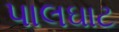
પાલઘાટ